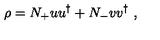
\rho = N _ { + } u u ^ { \dagger } + N _ { - } v v ^ { \dagger } \ ,